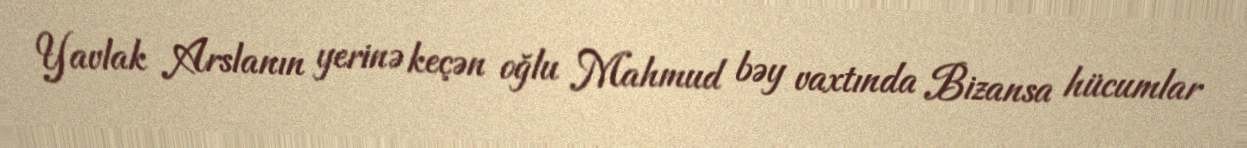
Yavlak Arslanın yerinə keçən oğlu Mahmud bəy vaxtında Bizansa hücumlar